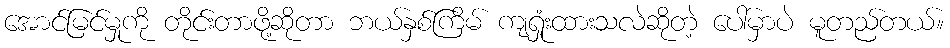
အောင်မြင်မှုကို တိုင်းတာဖို့ဆိုတာ ဘယ်နှစ်ကြိမ် ကျရှုံးထားသလဲဆိုတဲ့ ပေါ်မှာပဲ မူတည်တယ်။